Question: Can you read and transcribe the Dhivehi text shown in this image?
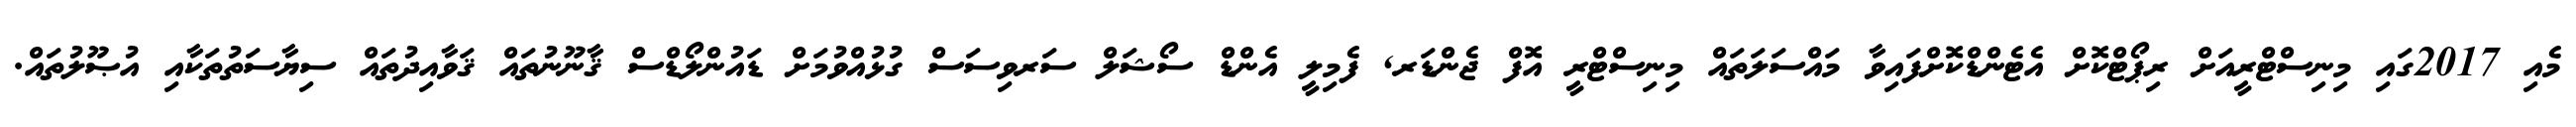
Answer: މެއި 2017ގައި މިނިސްޓްރީއަށް ރިޕޯޓްކޮށް އެޓެންޑްކޮށްފައިވާ މައްސަލަތައް މިނިސްޓްރީ އޮފް ޖެންޑަރ, ފެމިލީ އެންޑް ސޯޝަލް ސަރވިސަސް ގުޅުއްވުމަށް ޑައުންލޯޑްސް ޤާނޫނުތައް ޤަވާއިދުތައް ސިޔާސަތުތަކާއި އުޞޫލުތައް.